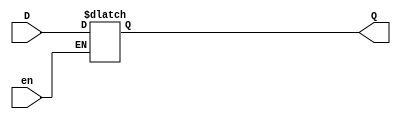
module elatch16
    (   input en,
	    input wire [15:0] D,
		output reg [15:0] Q);

	always @ (en or D) 
        begin
            if(en)
                Q <= D;
	    end
endmodule